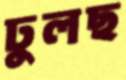
ঢুলছ